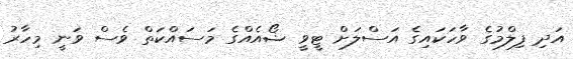
އަދި ފިލްމުގެ ވާހަކައިގެ އަސްލަށް ޓީވީ ޝޯއެއްގެ މަސައްކަތް ވެސް ވަނީ މިހާރު